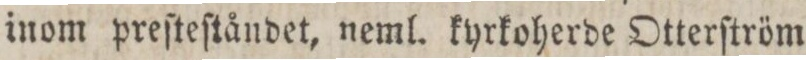
inom preſteſtåndet, neml. kyrkoherde Otterſtöm